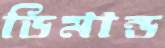
ডিমান্ড